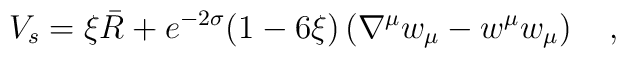
V_s=\xi\bar{R}+e^{-2\sigma}(1-6\xi)\left(\nabla^\mu w_\mu-w^\mu w_\mu\right)~~~,